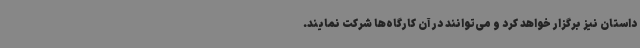
داستان نیز برگزار خواهد کرد و می‌توانند در آن کارگاه‌ها شرکت نمایند.